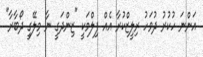
އަންނަ ހުކުރު ދުވަހު ރިލީޒްކުރާ އެއް ފިލްމަކީ "ޒިންދަގީ ނާ މިލޭގީ ދޯބާރާ"